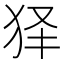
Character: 𤝢